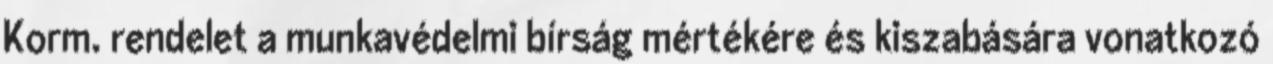
Korm. rendelet a munkavédelmi bírság mértékére és kiszabására vonatkozó